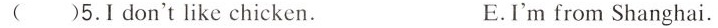
( )5.I don't like chicken. E.I'm from Shanghai.